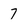
Character: 7